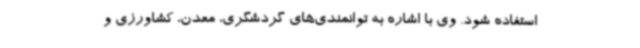
استفاده شود. وی با اشاره به توانمندی‌های گردشگری، معدن، کشاورزی و